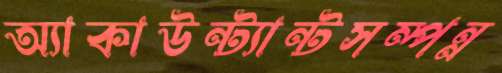
অ্যাকাউন্ট্যান্টসম্পন্ন